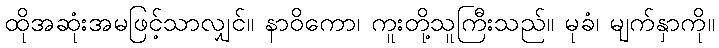
ထိုအဆုံးအမဖြင့်သာလျှင်။ နာဝိကော၊ ကူးတို့သူကြီးသည်။ မုခံ၊ မျက်နှာကို။